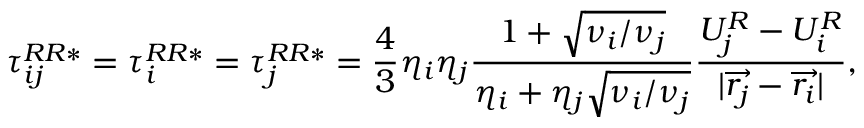
\tau _ { i j } ^ { R R * } = \tau _ { i } ^ { R R * } = \tau _ { j } ^ { R R * } = \frac { 4 } { 3 } \eta _ { i } \eta _ { j } \frac { 1 + \sqrt { \nu _ { i } / \nu _ { j } } } { \eta _ { i } + \eta _ { j } \sqrt { \nu _ { i } / \nu _ { j } } } \frac { U _ { j } ^ { R } - U _ { i } ^ { R } } { | \overrightarrow { r _ { j } } - \overrightarrow { r _ { i } } | } ,